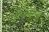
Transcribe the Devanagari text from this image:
ईएमबीआई